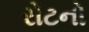
રોટનો